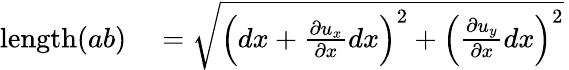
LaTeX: {\begin{array}{rl}{\mathrm{length}(ab)}&{{}={\sqrt{\left(dx+{\frac{\partial u_{x}}{\partial x}}dx\right)^{2}+\left({\frac{\partial u_{y}}{\partial x}}dx\right)^{2}}}}\end{array}}\,